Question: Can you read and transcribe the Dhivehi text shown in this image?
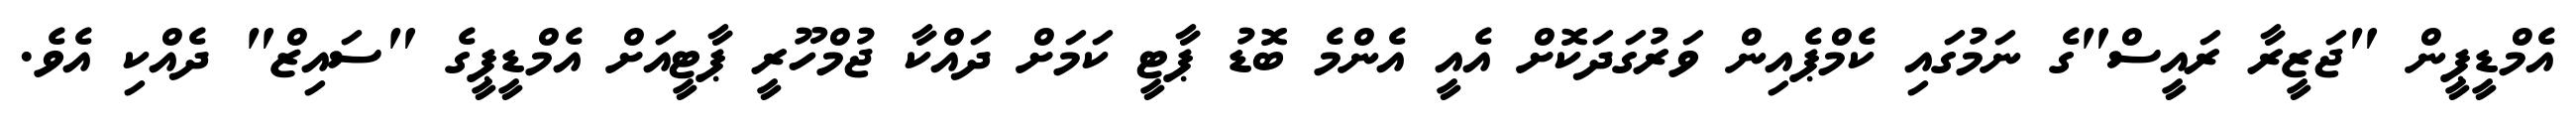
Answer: އެމްޑީޕީން "ޖަޒީރާ ރައީސް"ގެ ނަމުގައި ކެމްޕެއިން ވަރުގަދަކޮށް އެއީ އެންމެ ބޮޑު ޕާޓީ ކަމަށް ދައްކާ ޖުމްހޫރީ ޕާޓީއަށް އެމްޑީޕީގެ "ސައިޒް" ދެއްކި އެވެ.